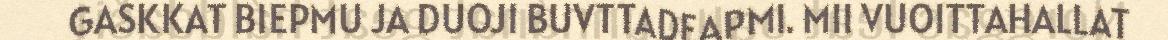
GASKKAT BIEPMU JA DUOJI BUVTTADEAPMI. MII VUOITTAHALLAT